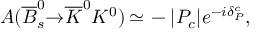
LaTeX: { \cal A } ( { \overline { { { B } } } } _ { s } ^ { 0 } { \to } { \overline { { { K } } } } ^ { 0 } K ^ { 0 } ) \, { \simeq } \, - { \vert } P _ { c } { \vert } e ^ { - i { \delta } _ { P } ^ { c } } ,